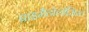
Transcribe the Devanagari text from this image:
प्राइमैटोलॉजिस्ट